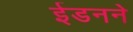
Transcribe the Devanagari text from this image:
ईडनने